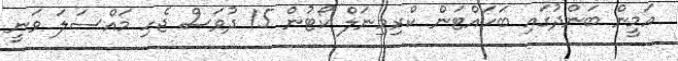
އަމީން ބަންދުގައި ބަހައްޓަން ކްރިމިނަލް ކޯޓުން 15 ދުވަސް ޖެހި މައްސަލަ ވަނީ